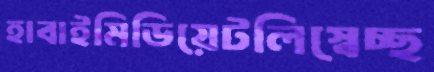
হাবাইমিডিয়েটলিস্বেচ্ছ